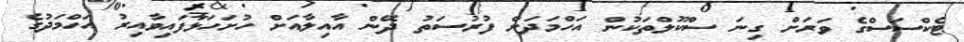
ޓެކްސަސްގެ ވަރަށް ގިނަ ސްކޫލްތަކުން އަހްމަދަށް ފުރުސަތު ދޭން އާއިލާއަށް ހުށަހަޅާފައިވާއިރު އަހްމަދުގެ